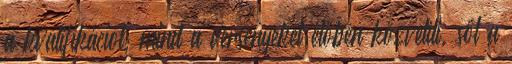
a kvalifikációt, mind a versenyeket élőben közvetíti, sőt a